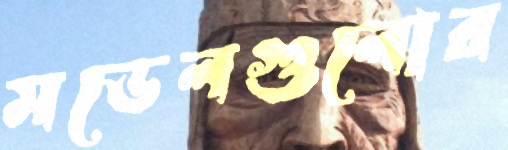
মডেলগুলোর